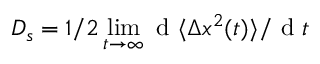
D _ { s } = 1 / 2 \operatorname* { l i m } _ { t \to \infty } \textrm { d } \langle \Delta x ^ { 2 } ( t ) \rangle / \textrm { d } t